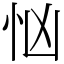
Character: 忷